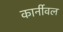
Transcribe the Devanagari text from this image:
कार्नीवल